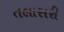
તલાસરી